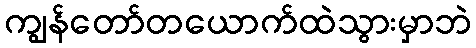
ကျွန်တော်တယောက်ထဲသွားမှာဘဲ